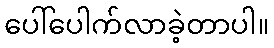
ပေါ်ပေါက်လာခဲ့တာပါ။